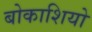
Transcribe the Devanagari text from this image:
बोकाशियो